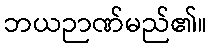
ဘယဉာဏ်မည်၏။